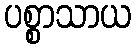
ပစ္စာသာယ